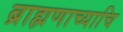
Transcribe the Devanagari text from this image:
ब्राह्मणाच्याचि